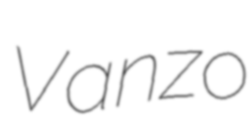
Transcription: Vanzo